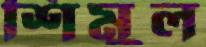
শিমুল